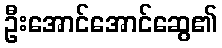
ဦးအောင်အောင်ဆွေ၏